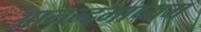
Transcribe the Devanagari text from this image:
आनन्दभाष्यम्